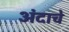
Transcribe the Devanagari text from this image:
अंदाचे